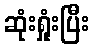
ဆုံးရှုံးပြီး